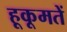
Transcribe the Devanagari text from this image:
हूकूमतें